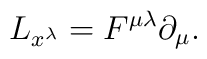
L_{x^{\lambda}} = F^{\mu \lambda} \partial_{\mu}.